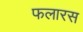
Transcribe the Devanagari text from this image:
फलारस